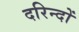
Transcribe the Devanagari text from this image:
दरिन्‍दों